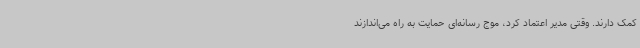
کمک دارند. وقتی مدیر اعتماد کرد، موج رسانه‌ای حمایت به راه می‌اندازند